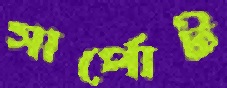
সার্পোট